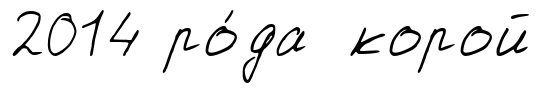
2014 ро́да корой